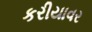
કરીયાવર